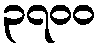
၃၇၀၀